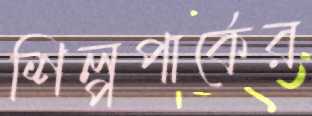
শিল্পপার্কের